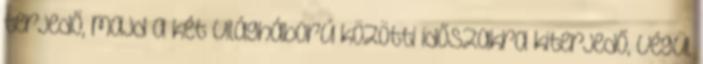
terjedő, majd a két világháború közötti időszakra kiterjedő, végül